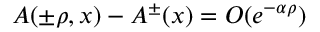
A ( \pm \rho , x ) - A ^ { \pm } ( x ) = O ( e ^ { - \alpha \rho } )